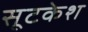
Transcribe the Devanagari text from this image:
सूटकेश